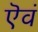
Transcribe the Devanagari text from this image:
ऎवं